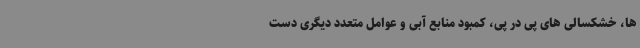
ها، خشکسالی های پی در پی، کمبود منابع آبی و عوامل متعدد دیگری دست